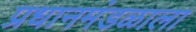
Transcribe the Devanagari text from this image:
प्रधानमंडळाला